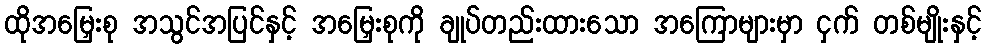
ထိုအမြှေးစု အသွင်အပြင်နှင့် အမြှေးစုကို ချုပ်တည်းထားသော အကြောများမှာ ငှက် တစ်မျိုးနှင့်